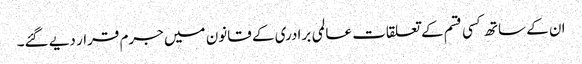
ان کے ساتھ کسی قسم کے تعلقات عالمی برادری کے قانون میں جرم قرار دیے گئے۔